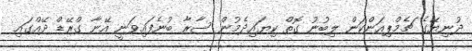
ދުނިޔޭގެ ޗެމްޕިއަންކަން ލިބުނު ގޮތް ކިޔައިދެމުން ސާރާ ބުނެފައިވަނީ އޭނާ ގްރޭޑް ދޭއްގައި